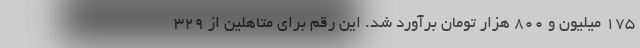
۱۷۵ میلیون و ۸۰۰ هزار تومان برآورد شد. این رقم برای متاهلین از ۳۲۹